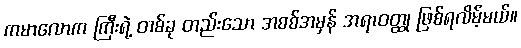
ကမာလောက ကြီးရဲ့ တစ်ခု တည်းသော အစစ်အမှန် အရာဝတ္ထု ဖြစ်ရလိမ့်မယ်။